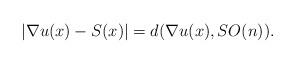
LaTeX: \begin{align*}|\nabla u(x)-S(x)|=d(\nabla u(x),SO(n)).\end{align*}